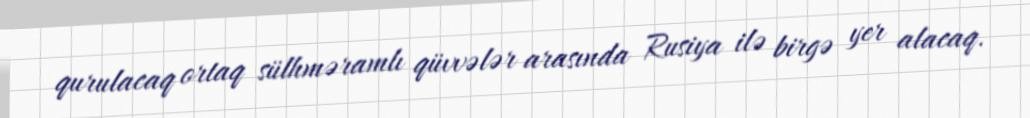
qurulacaq ortaq sülhməramlı qüvvələr arasında Rusiya ilə birgə yer alacaq.